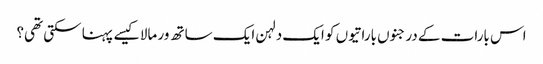
اس بارات کے درجنوں باراتیوں کو ایک دلہن ایک ساتھ ور مالا کیسے پہنا سکتی تھی؟